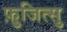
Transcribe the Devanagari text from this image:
फ़ुजित्सु